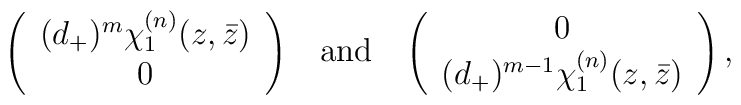
\left (\begin{array}{c}(d_+)^m\chi_1^{(n)}(z,\bar{z})\\0\end{array} \right )\;\;\;\makebox{and}\;\;\;\left( \begin{array}{c} 0 \\(d_+)^{m-1}\chi_1^{(n)}(z,\bar{z}) \end{array} \right ),